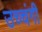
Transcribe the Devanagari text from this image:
उच्चंगी